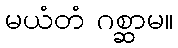
မယံတံ ဂစ္ဆာမ။